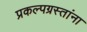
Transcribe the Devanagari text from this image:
प्रकल्पग्रस्तांना